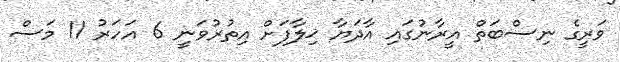
ވަރީގެ ނިސްބަތް އީރާނުގައި އާދަޔާ ޚިލާފަށް އިތުރުވަނީ 6 އަހަރު 11 މަސް